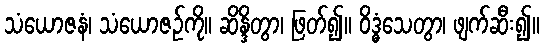
သံယောဇနံ၊ သံယောဇဉ်ကို။ ဆိန္ဒိတွာ၊ ဖြတ်၍။ ဝိဒ္ဓံသေတွာ၊ ဖျက်ဆီး၍။